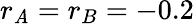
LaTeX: r_{\mathit{A}}=r_{B}=-0.2